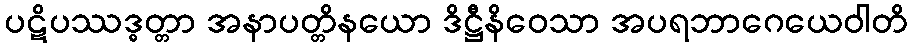
ပဋိပဿဒ္ဓတ္တာ အနာပတ္တိနယော ဒိဋ္ဌီနိဝေသာ အပရဘာဂေယေဝါတိ